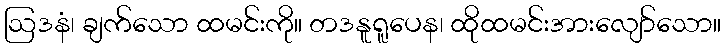
ဩဒနံ၊ ချက်သော ထမင်းကို။ တဒနူရူပေန၊ ထိုထမင်းအားလျော်သော။